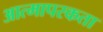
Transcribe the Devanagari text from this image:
आत्मापरकता